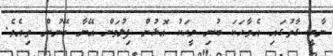
ނާމީ ގާތުގައި އެވާހަކަ ބުނި މީހަކު އޮޅުން ފިލުވަން އޭނާ ބޭނުން ވިއެވެ.